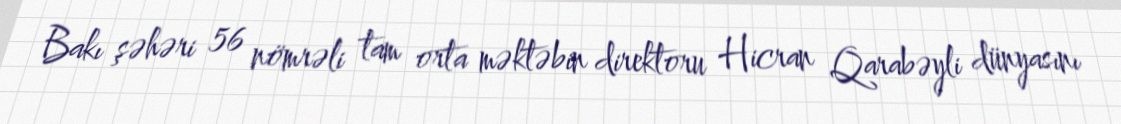
Bakı şəhəri 56 nömrəli tam orta məktəbin direktoru Hicran Qarabəyli dünyasını